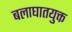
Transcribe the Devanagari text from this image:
बलाघातयुक्त